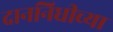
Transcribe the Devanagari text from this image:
दाननिधीच्या